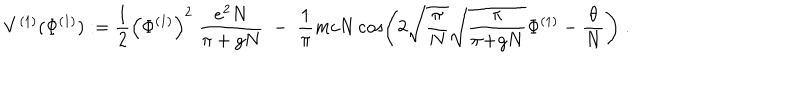
V ^ { ( 1 ) } ( \Phi ^ { ( 1 ) } ) : = \frac { 1 } { 2 } \Big ( \Phi ^ { ( 1 ) } \Big ) ^ { 2 } \; \frac { e ^ { 2 } N } { \pi + g N } \; - \; \frac { 1 } { \pi } m c N \cos \left( 2 \sqrt { \frac { \pi } { N } } \sqrt { \frac { \pi } { \pi \! + \! g N } } \Phi ^ { ( 1 ) } - \frac { \theta } { N } \right) \; .